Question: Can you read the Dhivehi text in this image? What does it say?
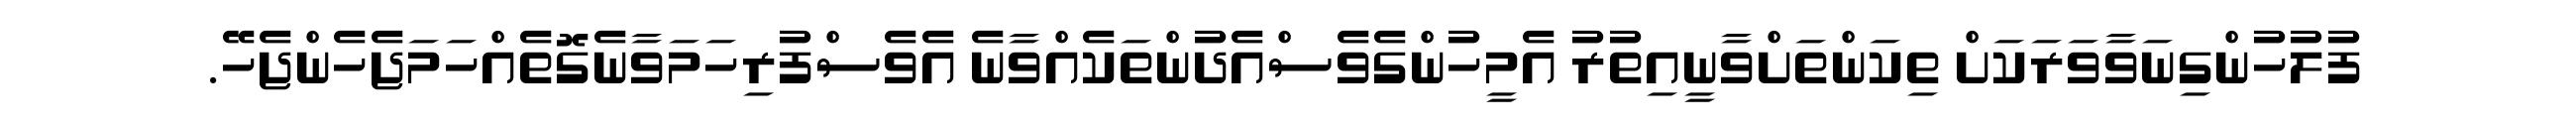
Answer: ފުލުހުންގިނަވާވަރަކަށް ތިކަންތަށްވާނީއިތުރު އެމީހުންގެވެސްއެދުންތަކެއްވާނެ އެވެސްފުރިހަމަވާނެގޮތެއްހަމަޖެހެންޖެހޭ.